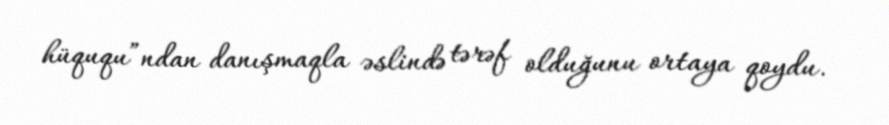
hüququ”ndan danışmaqla əslində tərəf olduğunu ortaya qoydu.